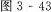
图3-43